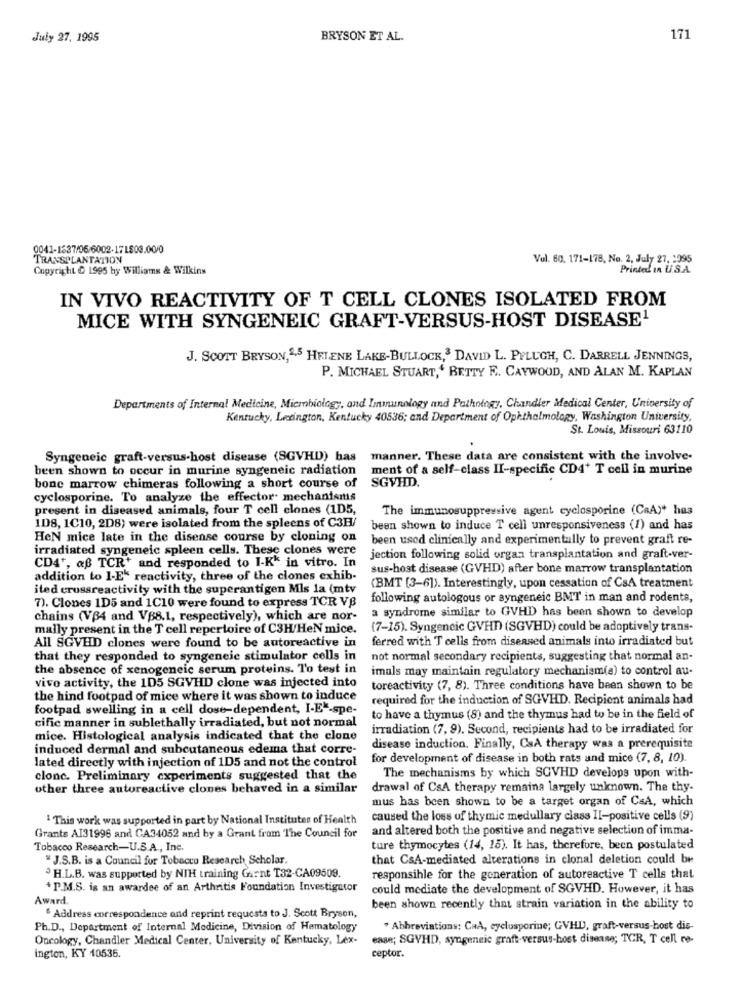
July 27. 1995
BRYSON ET AL.
171
0041-1537/06/6002-171803.00/0
TRANSPLANTATION
Vul. 60. 171-178, No. 2. July 27, 1095
Copyright & 1995 by Williams & Wilkins
Printed in U.S.A.
IN VIVO REACTIVITY OF T CELL CLONES ISOLATED FROM
MICE WITH SYNGENEIC GRAFT-VERSUS-HOST DISEASE1
J. SCOTT BRYSON,2,5 HELENE LAKE-BULLOCK,3 DAVID L. PFLUGH, C. DARRELL JENNINGS,
P. MICHAEL STUART,' BETTY F. CAYWOOD, AND ALAN M. KAPLAN
Departments of Internal Medicine, Micmbiology, and Immunology and Pathology, Chandler Medical Center, University of
Kentucky, Lexington, Kentucky 40536; and Department of Ophthalmology, Washington University,
St. Louis, Missouri 63110
Syngeneic graft-versus-host disease (SGVHD) has manner. These data are consistent with the involve-
been shown to occur in murine syngeneic radiation
ment of a self-class II-specific CD4+ T cell in murine
SGVHD.
bone marrow chimeras following a short course of
cyclosporine. To analyze the effector mechanisms
present in diseased animals, four T cell clones (1D5,
The immunosuppressive agent cyclosporine (CaA)* has
108, 1C10, 2D8) were isolated from the spleens of C3E/
been shown to induce T cell unresponsiveness (1) and has
HeN mice late in the disease course by cloning on
been used clinically and experimentally to prevent graft re-
irradiated syngeneic spleen cells. These clones were
CD4+, af TCR' and responded to I-Kk in vitro. In
jection following solid organ transplantation and graft-ver-
sus-host disease (GVHD) after bone marrow transplantation
addition to 1-Ek reactivity, three of the clones exhib-
ited crossreactivity with the superantigen Mls la (mtv
(BMT [3-6]). Interestingly, upon cessation of CsA treatment
following autologous or syngeneic BMT in man and rodents,
7). Clones 1D5 and 1C10 were found to express TCR VB
a syndrome similar to GVHD has been shown to develop
chains (V(4 and VB8.1, respectively), which are nor-
mally present in the T cell repertoire of C3H/HeN mice.
(7-15). Syngencic GVHD (SGVHD) could be adoptively trans-
ferred with T cells from diseased animals into irradiated but
All SGVHD clones were found to be autoreactive in
that they responded to syngeneic stimulator cells in
not normal secondary recipients, suggesting that normal an-
the absence of xenogeneic serum proteins. To test in
imals may maintain regulatory mechanism(s) to control au-
vivo activity, the 105 SGVHD clone was injected into
toreactivity (7, 8). Three conditions have been shown to be
the hind footpad of mice where it was shown to induce
required for the induction of SGVHD. Recipient animals had
footpad swelling in a cell dose-dependent, I-E -- spe-
cific manner in sublethally irradiated, but not normal
to have a thymus (8) and the thymus had to be in the field of
irradiation (7, 9). Second, recipients had to be irradiated for
mice. Histological analysis indicated that the clone
induced dermal and subcutaneous edema that corre-
disease induction. Finally, CsA therapy was a prerequisite
lated directly with injection of 1D5 and not the control
for development of disease in both rats and mice (7, 8, 10).
clonc. Preliminary experiments suggested that the
The mechanisms by which SGVHD develops upon with-
other three autoreactive clones behaved in a similar
drawal of CsA therapy remaina largely unknown. The thy-
mus has been shown to be a target organ of CsA, which
' This work was supported in part by National Institutes of Health
caused the loss of thymic medullary class II-positive cells (9)
and altered both the positive and negative selection of imma-
Grants Al31996 and CA34052 and by a Grant from The Council for
Tobacco Research-U.S.A ., Inc.
ture thymocytes (14, 15). It has, therefore, been postulated
" J.S.B. is a Council for Tobacco Research Scholar.
that CsA-mediated alterations in clonal deletion could be
3H.L.B. was supported by NIH training Garnt T32-CA09509.
responsible for the generation of autoreactive T cells that
*P.M.S. is an awardee of an Arthritis Foundation Investigator
could mediate the development of SGVHD. However, it has
Award.
been shown recently that strain variation in the ability to
" Address correspondence and reprint requests to J. Scott Bryson,
Ph.D ., Department of Internal Medicine, Division of Hematology
* Abbreviations: CHA, cyclusporine; GVHD, graft-versus-host dis-
Oncology, Chandler Medical Center, University of Kentucky, Lex-
case; SGVHD, syngeneic graft-versus-host disease; TCR, T cell re-
ceptor.
ington, KY 10536.